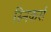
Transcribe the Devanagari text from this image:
स्निकर्स